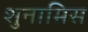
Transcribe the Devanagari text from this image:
शुनामिस